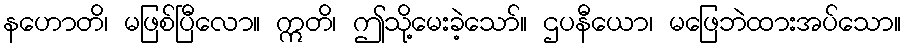
နဟောတိ၊ မဖြစ်ပြီလော။ ဣတိ၊ ဤသို့မေးခဲ့သော်။ ဌပနီယော၊ မဖြေဘဲထားအပ်သော။